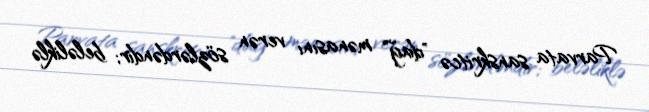
Parvata sanskritcə "dağ" mənasını verən sözlərdəndir; beləliklə